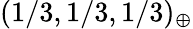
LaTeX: (1/3,1/3,1/3)_{\oplus}